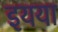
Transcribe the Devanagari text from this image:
इयया